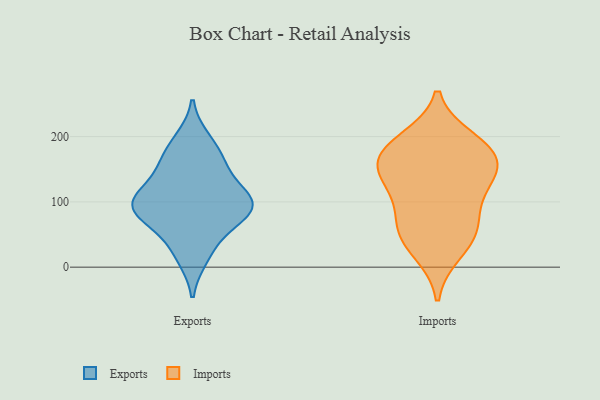
{"axis": {"x": "Active Users", "y": "Value"}, "legend": ["Exports", "Imports"], "data": [{"x": "", "y": 100, "type": "Exports"}, {"x": "", "y": 75, "type": "Exports"}, {"x": "", "y": 153, "type": "Exports"}, {"x": "", "y": 98, "type": "Exports"}, {"x": "", "y": 17, "type": "Exports"}, {"x": "", "y": 193, "type": "Exports"}, {"x": "", "y": 85, "type": "Exports"}, {"x": "", "y": 98, "type": "Exports"}, {"x": "", "y": 82, "type": "Exports"}, {"x": "", "y": 96, "type": "Exports"}, {"x": "", "y": 116, "type": "Exports"}, {"x": "", "y": 32, "type": "Exports"}, {"x": "", "y": 177, "type": "Exports"}, {"x": "", "y": 153, "type": "Exports"}, {"x": "", "y": 69, "type": "Imports"}, {"x": "", "y": 168, "type": "Imports"}, {"x": "", "y": 182, "type": "Imports"}, {"x": "", "y": 110, "type": "Imports"}, {"x": "", "y": 194, "type": "Imports"}, {"x": "", "y": 131, "type": "Imports"}, {"x": "", "y": 155, "type": "Imports"}, {"x": "", "y": 49, "type": "Imports"}, {"x": "", "y": 24, "type": "Imports"}, {"x": "", "y": 137, "type": "Imports"}, {"x": "", "y": 176, "type": "Imports"}, {"x": "", "y": 58, "type": "Imports"}]}